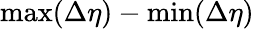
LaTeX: \mathrm{max}(\Delta\eta)-\mathrm{min}(\Delta\eta)